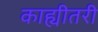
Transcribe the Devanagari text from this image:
काह्यीतरी